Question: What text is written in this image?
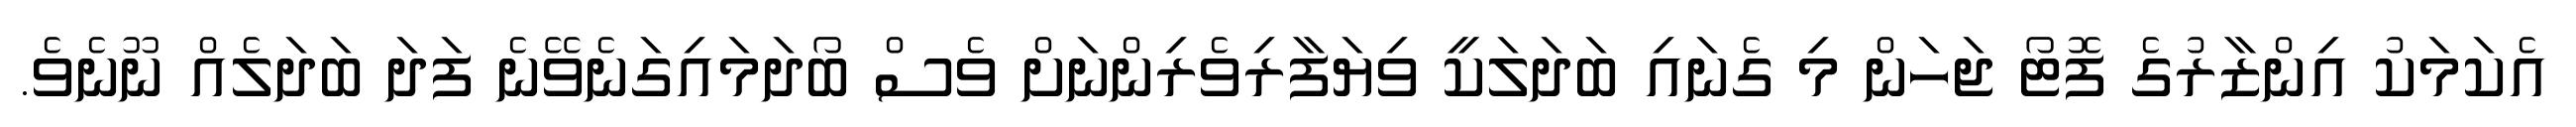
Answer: އެކަމަކު އިންޒާރުގެ ފޮޓޯ ޖަހަން މި ގެނައި ބަދަލަކީ ވިޔަފާރިވެރިންނަށް ވެސް ބޯދަމައިގަނެވޭނެ ފަދަ ބަދަލެއް ނޫނެވެ.